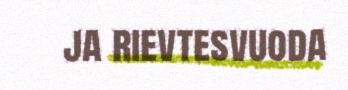
ja rievtesvuoda